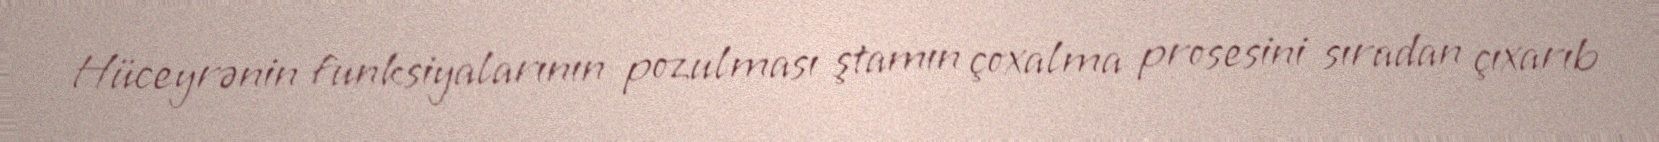
Hüceyrənin funksiyalarının pozulması ştamın çoxalma prosesini sıradan çıxarıb